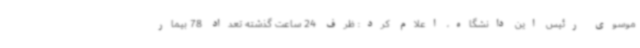
موسوی رئیس این دانشگاه، اعلام کرد: ظرف 24 ساعت گذشته تعداد 78 بیمار